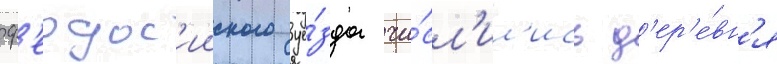
ф'еодос'ииского уе́зда чи́сл'ил'ись д'ер'е́вн'я